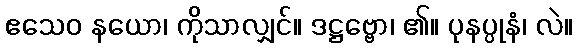
ဧသေဝ နယော၊ ကိုသာလျှင်။ ဒဋ္ဌဗ္ဗော၊ ၏။ ပုနပ္ပုနံ၊ လဲ။